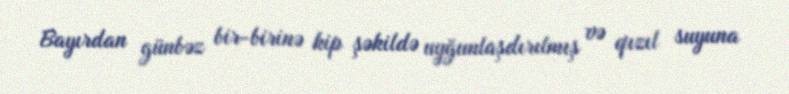
Bayırdan günbəz bir-birinə kip şəkildə uyğunlaşdırılmış və qızıl suyuna